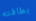
بطاقته